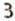
3